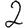
Digit: 2